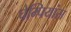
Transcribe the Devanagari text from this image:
चेम्पियांस